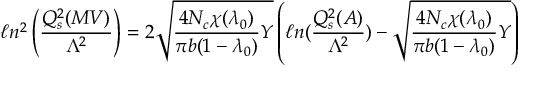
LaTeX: \ell n ^ { 2 } \left( { \frac { Q _ { s } ^ { 2 } ( M V ) } { \Lambda ^ { 2 } } } \right) = 2 { \sqrt { { \frac { 4 N _ { c } \chi ( \lambda _ { 0 } ) } { \pi b ( 1 - \lambda _ { 0 } ) } } Y } } \left( \ell n ( { \frac { Q _ { s } ^ { 2 } ( A ) } { \Lambda ^ { 2 } } } ) - { \sqrt { { \frac { 4 N _ { c } \chi ( \lambda _ { 0 } ) } { \pi b ( 1 - \lambda _ { 0 } ) } } Y } } \right)